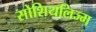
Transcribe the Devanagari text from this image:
सोशियलिज्म